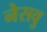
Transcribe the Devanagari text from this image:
नेसवु